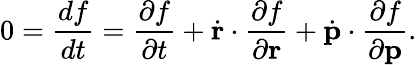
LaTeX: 0=\frac{df}{dt}=\frac{\partial f}{\partial t}+\dot{\mathbf r}\cdot\frac{\partial f}{\partial\mathbf r}+\dot{\mathbf p}\cdot\frac{\partial f}{\partial\mathbf p}.